Leaving Certificate Examination (including Day School Certificate (Higher) General paper), 1927
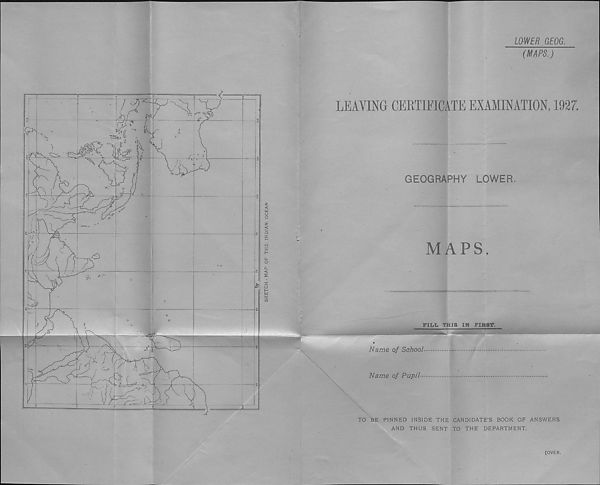
GEOGRAPHY
LOWER.
TO BE PINNED INSIDE THE CANDIDATE’S BOOK OF ANSWERS
AND THUS SENT TO THE DEPARTMENT.
LOWER GEOG.
(MAPS.)
z
c
.
w
u
o
z
< '
5
S
'
MAPS.
o
CL,
<c
2
X
o
H
—
w
w
Fllili THIS IN lFIRST,
*
Name of School
Name of Pupil
LEAVING CERTIFICATE EXAMINATION, 1927.
[OVER,